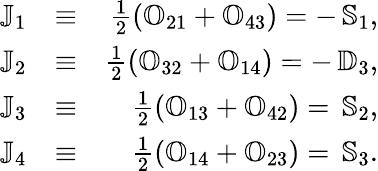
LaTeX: \begin{array}{rlr}{{\mathbb J}_{1}}&{\equiv}&{\frac{1}{2}\left({\mathbb O}_{21}+{\mathbb O}_{43}\right)=-\, {\mathbb S}_{1},}\\ {{\mathbb J}_{2}}&{\equiv}&{\frac{1}{2}\left({\mathbb O}_{32}+{\mathbb O}_{14}\right)=-\, {\mathbb D}_{3},}\\ {{\mathbb J}_{3}}&{\equiv}&{\frac{1}{2}\left({\mathbb O}_{13}+{\mathbb O}_{42}\right)=\, {\mathbb S}_{2},}\\ {{\mathbb J}_{4}}&{\equiv}&{\frac{1}{2}\left({\mathbb O}_{14}+{\mathbb O}_{23}\right)=\, {\mathbb S}_{3}.}\end{array}